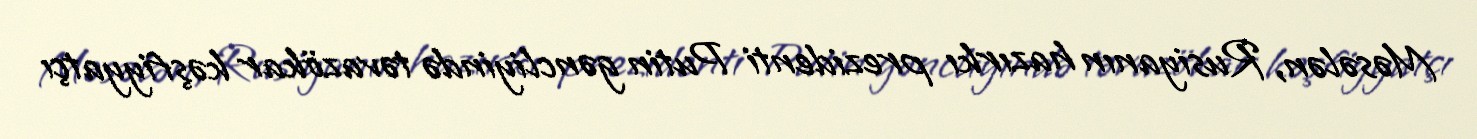
Məsələn, Rusiyanın hazırkı prezidenti Putin gəncliyində təvazökar kəşfiyyatçı